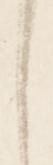
候